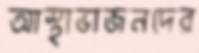
আস্থাভাজনদের